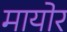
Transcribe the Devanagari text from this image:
मायोर